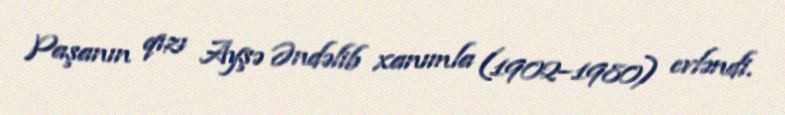
Paşanın qızı Ayşə Əndəlib xanımla (1902–1980) evləndi.